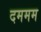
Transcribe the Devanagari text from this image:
दममम